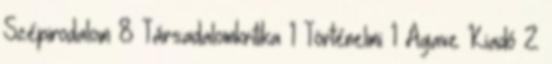
Szépirodalom 8 Társadalomkritika 1 Történelmi 1 Agave Kiadó 2